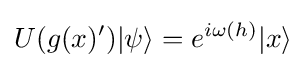
U(g(x)')|\psi \rangle =e^{i\omega (h)}|x\rangle